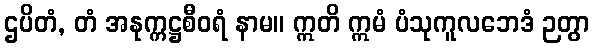
ဌပိတံ, တံ အနုက္ကဋ္ဌစီဝရံ နာမ။ ဣတိ ဣမံ ပံသုကူလဘေဒံ ဉတွာ